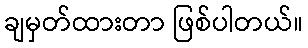
ချမှတ်ထားတာ ဖြစ်ပါတယ်။